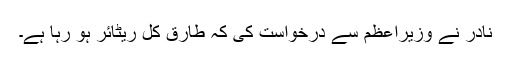
نادر نے وزیراعظم سے درخواست کی کہ طارق کل ریٹائر ہو رہا ہے۔